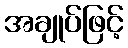
အချုပ်ဖြင့်